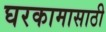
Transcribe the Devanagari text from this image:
घरकामासाठी